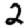
Digit: 2